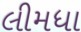
લીમધા